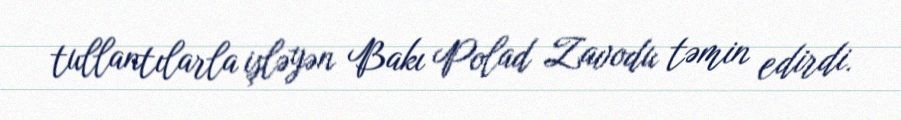
tullantılarla işləyən Bakı Polad Zavodu təmin edirdi.